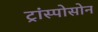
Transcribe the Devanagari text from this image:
ट्रांस्पोसोन